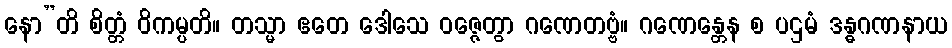
နော”တိ စိတ္တံ ဝိကမ္ပတိ။ တသ္မာ ဧတေ ဒေါသေ ဝဇ္ဇေတွာ ဂဏေတဗ္ဗံ။ ဂဏေန္တေန စ ပဌမံ ဒန္ဓဂဏနာယ